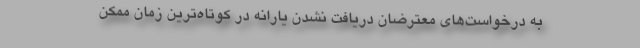
به درخواست‌های معترضان دریافت نشدن یارانه در کوتاه‌ترین زمان ممکن